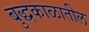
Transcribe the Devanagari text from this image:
बुद्धकाळातील